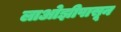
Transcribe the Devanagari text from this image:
लाओझीपासून